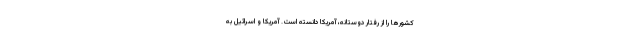
کشورها را از رفتار دوستانه، آمریکا دانسته است. آمریکا و اسرائیل به